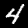
Label: 4